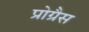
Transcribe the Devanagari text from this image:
प्रोग्रैस